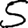
Digit: 5